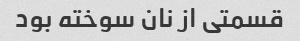
قسمتی از نان سوخته بود